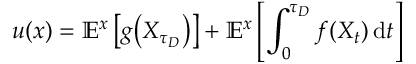
u ( x ) = \mathbb { E } ^ { x } \left[ g { \big ( } X _ { \tau _ { D } } { \big ) } \right] + \mathbb { E } ^ { x } \left[ \int _ { 0 } ^ { \tau _ { D } } f ( X _ { t } ) \, \mathrm { d } t \right]